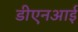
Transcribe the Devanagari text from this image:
डीएनआई